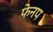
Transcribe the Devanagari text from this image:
फेनप